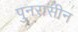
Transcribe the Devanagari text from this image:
पुनरासीन